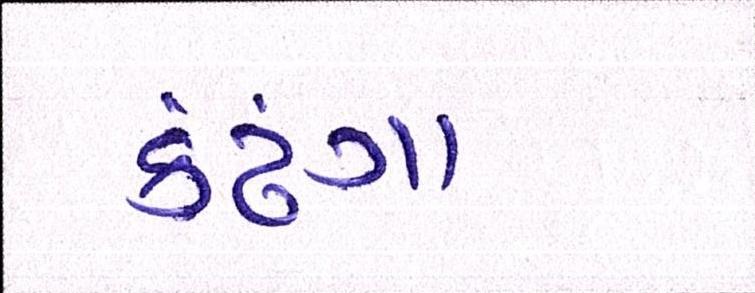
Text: કઢંગા